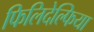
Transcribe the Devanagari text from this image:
फिलिदेल्फिया